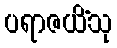
ပရာဇယိံသု